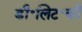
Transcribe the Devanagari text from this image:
डी॰लिट॰की